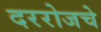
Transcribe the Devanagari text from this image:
दररोजचे